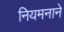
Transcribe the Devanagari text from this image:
नियमनाने